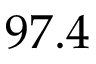
9 7 . 4